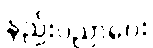
နည်းပညာပေး